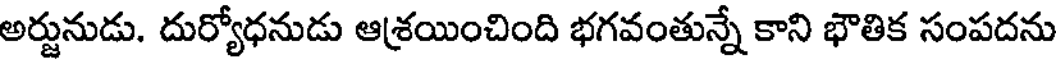
అర్జునుడు. దుర్యోధనుడు ఆశ్రయించింది భగవంతున్నే కాని భౌతిక సంపదను